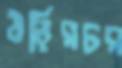
উড়িরচর